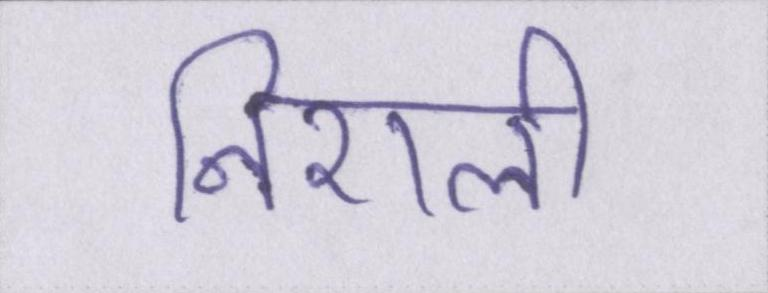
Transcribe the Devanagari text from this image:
निराली